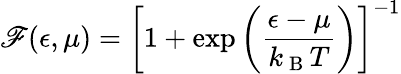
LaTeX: \mathscr{F}(\epsilon,\mu)=\left[1+\exp\left(\frac{{\epsilon-\mu}}{{k_{\mathrm{{~B~}}}T}}\right)\right]^{-1}